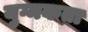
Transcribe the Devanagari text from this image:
युग्मकता